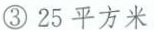
③25平方米